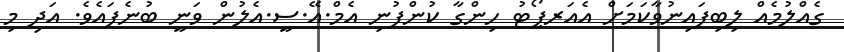
ގެއްލުމެއް ލިބިފައިނުވާކަމަށް އެއަރޕޯޓު ހިންގާ ކުންފުނި އެމް.އޭ.ސީ.އެލުން ވަނީ ބުނެފައެވެ. އަދި މި